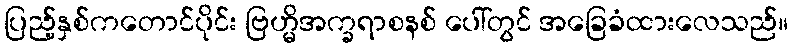
ပြည့်နှစ်ကတောင်ပိုင်း ဗြဟ္မိအက္ခရာစနစ် ပေါ်တွင် အခြေခံထားလေသည်။